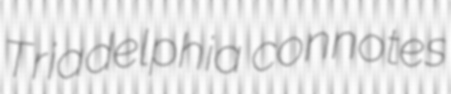
Triadelphia connotes